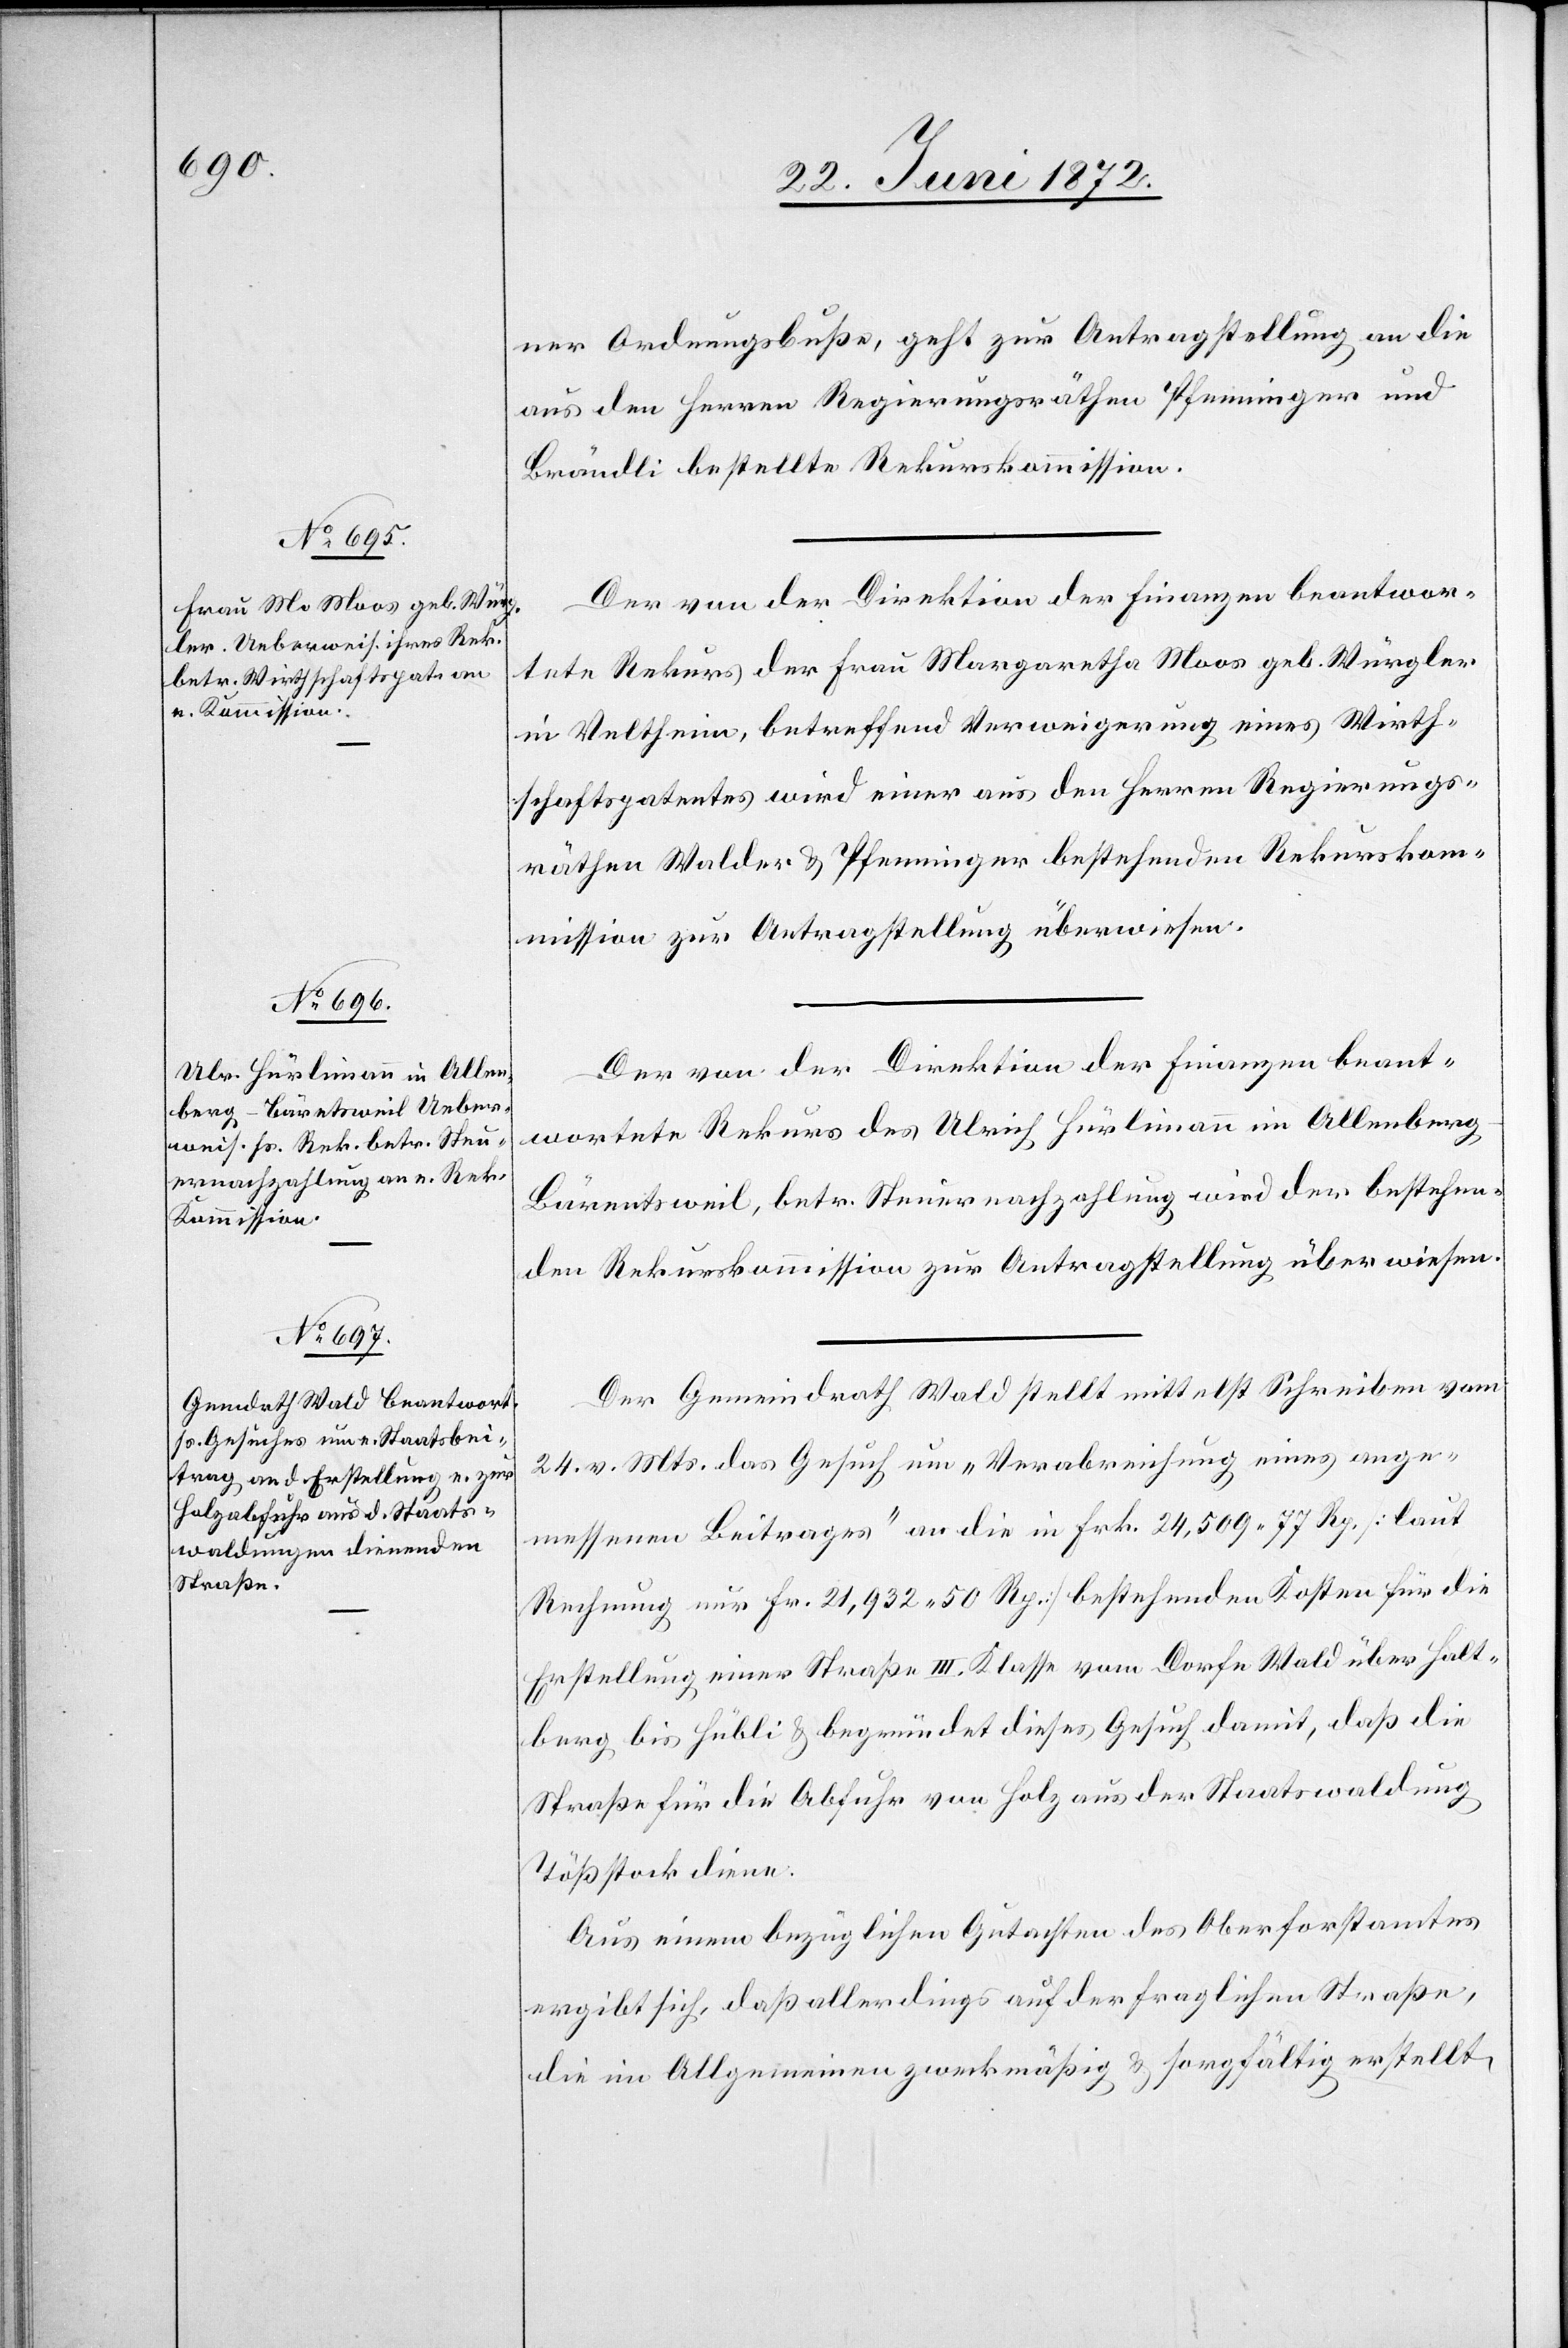
ner Ordnungsbuße, geht zur Antragstellung an die
aus den Herren Regierungsräthen Pfenninger und
Brändli bestellte Rekurskommission.
Der von der Direktion der Finanzen beantwor¬
tete Rekurs der Frau Margaretha Moos geb. Würgler
in Veltheim, betreffend Verweigerung eines Wirth¬
schaftspatentes[,] wird einer aus den Herren Regierungs¬
räthen Walder u. Pfenninger bestehenden Rekurskom¬
mission zur Antragstellung überwiesen.
Der von der Direktion der Finanzen beant¬
wortete Rekurs des Ulrich Hürlimann im Allenber¬
g-Bärentsweil [sic!], betr. Steuernachzahlung[,] wird der bestehen¬
den Rekurskommission zur Antragstellung überwiesen.
Der Gemeindrath Wald stellt mittelst Schreiben vom
24. v. Mts. das Gesuch um „Verabreichung eines ange¬
messenen Beitrages“ an die in Frk. 24,509 77 Rp. [laut
Rechnung nur Fr. 21,932 50 Rp.] bestehenden Kosten für die
Erstellung einer Straße III. Klasse vom Dorfe Wald über Halt¬
berg bis Hübli u. begründet dieses Gesuch damit, daß die
Straße für die Abfuhr von Holz aus der Staatswaldung
Tößstock diene.
Aus einem bezüglichen Gutachten des Oberforstamtes
ergibt sich, daß allerdings auf der fraglichen Straße,
die im Allgemeinen zweckmäßig u. sorgfältig erstellt